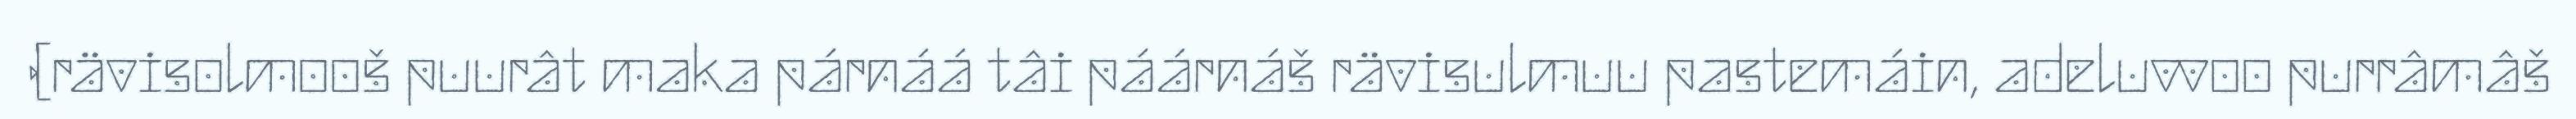
(rävisolmooš puurât maka párnáá tâi páárnáš rävisulmuu pastemáin, adeluvvoo purrâmâš